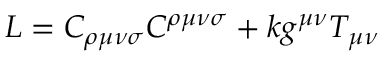
L = C _ { \rho \mu \nu \sigma } C ^ { \rho \mu \nu \sigma } + k g ^ { \mu \nu } T _ { \mu \nu }